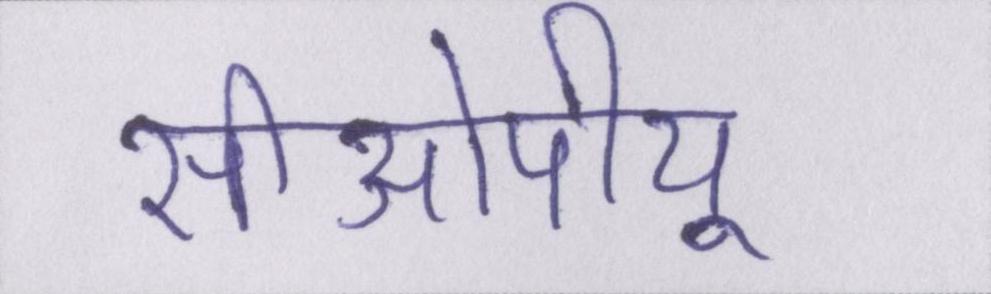
सीओपीयू